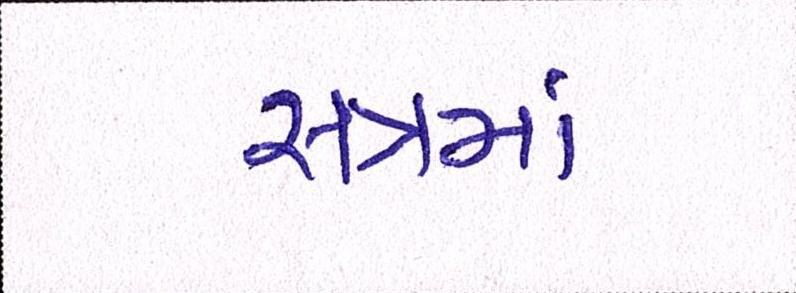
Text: સત્રમાં